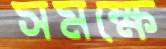
সমক্ষে